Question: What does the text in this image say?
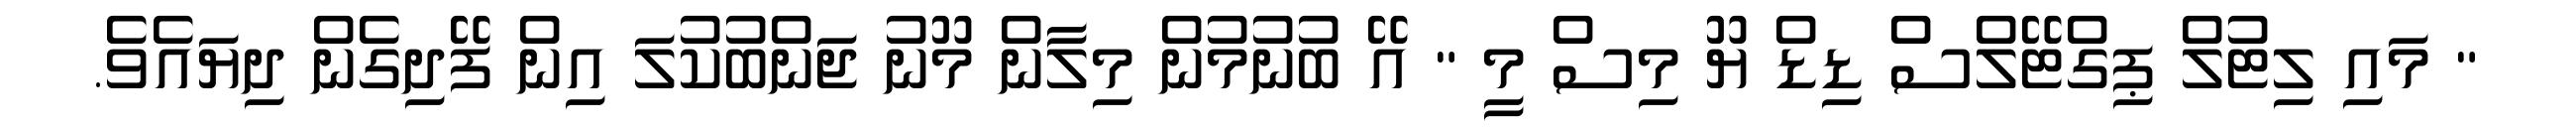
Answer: " މައި ލިޓުލް ޕިގްޓޭލްސް ޑިޑް ޔޫ މިސް މީ " އޭ ބުނުމުން މިލާން މޫނު ޖަންބުކުލަ އިން ފޭދިގެން ދިޔައެވެ.